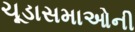
ચૂડાસમાઓની